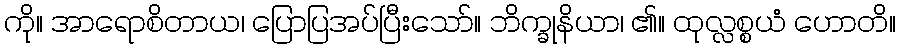
ကို။ အာရောစိတာယ၊ ပြောပြအပ်ပြီးသော်။ ဘိက္ခုနိယာ၊ ၏။ ထုလ္လစ္စယံ ဟောတိ။